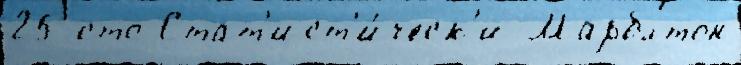
25 сто Стат'ист'и́ческ'и Марблтон